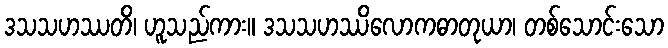
ဒသသဟဿတိ၊ ဟူသည်ကား။ ဒသသဟဿိလောကဓာတုယာ၊ တစ်သောင်းသော